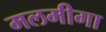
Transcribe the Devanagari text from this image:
मलमीगा